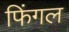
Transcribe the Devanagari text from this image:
फिंगल